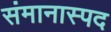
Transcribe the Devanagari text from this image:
संमानास्पद